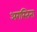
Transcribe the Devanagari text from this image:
अगस्तिना